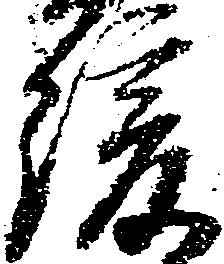
緩